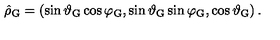
\hat { \rho } _ { \mathrm { G } } = \left( \sin \vartheta _ { \mathrm { G } } \cos \varphi _ { \mathrm { G } } , \sin \vartheta _ { \mathrm { G } } \sin \varphi _ { \mathrm { G } } , \cos \vartheta _ { \mathrm { G } } \right) .